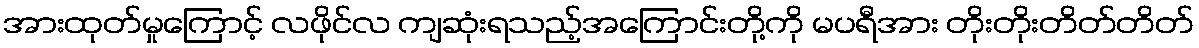
အားထုတ်မှုကြောင့် လဖိုင်လ ကျဆုံးရသည့်အကြောင်းတို့ကို မပရီအား တိုးတိုးတိတ်တိတ်